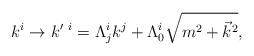
LaTeX: \begin{align*}k^i \rightarrow k^{\prime\ i} = \Lambda^i_j k^j + \Lambda^i_0\sqrt{m^2+{\vec k}^2},\end{align*}